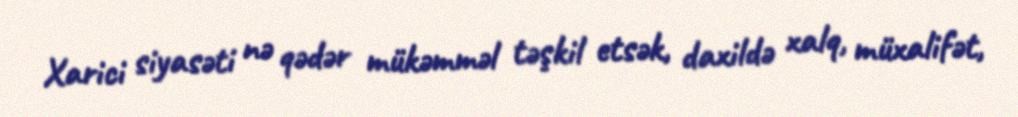
Xarici siyasəti nə qədər mükəmməl təşkil etsək, daxildə xalq, müxalifət,